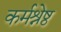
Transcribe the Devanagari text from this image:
कर्मश्रेष्ठ